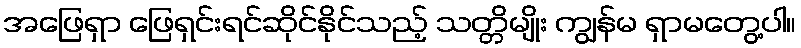
အဖြေရှာ ဖြေရှင်းရင်ဆိုင်နိုင်သည့် သတ္တိမျိုး ကျွန်မ ရှာမတွေ့ပါ။